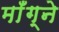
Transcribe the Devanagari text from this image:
माँग्ने